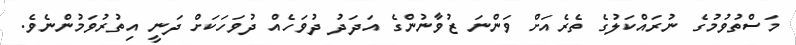
މަސްތުވުމުގެ ނުރައްކަލުގެ ތެރެއަށް ވަންނަ ޒުވާނުންގެ އަދަދު ދުވަހެއް ދުވަހަކަށް ދަނީ އިތުރުވަމުންނެވެ.